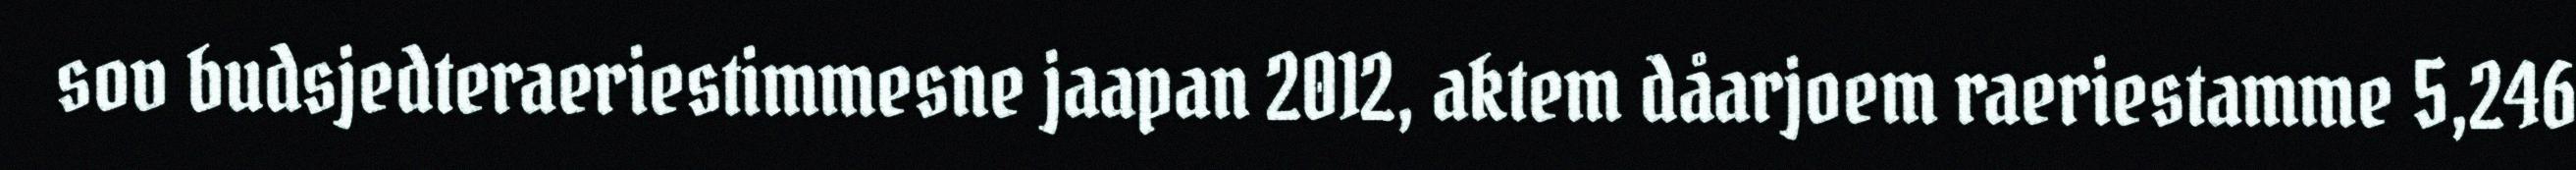
sov budsjedteraeriestimmesne jaapan 2012, aktem dåarjoem raeriestamme 5,246